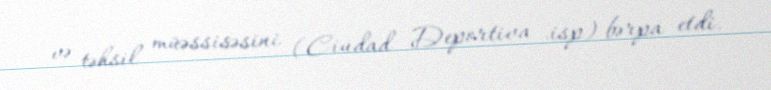
və təhsil müəssisəsini (Ciudad Deportiva .isp) bərpa etdi.